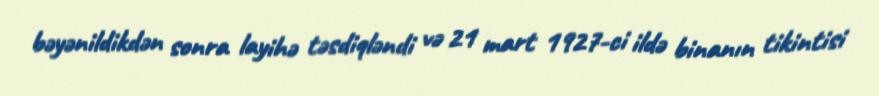
bəyənildikdən sonra layihə təsdiqləndi və 21 mart 1927-ci ildə binanın tikintisi